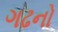
ગઢનો